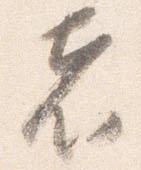
者